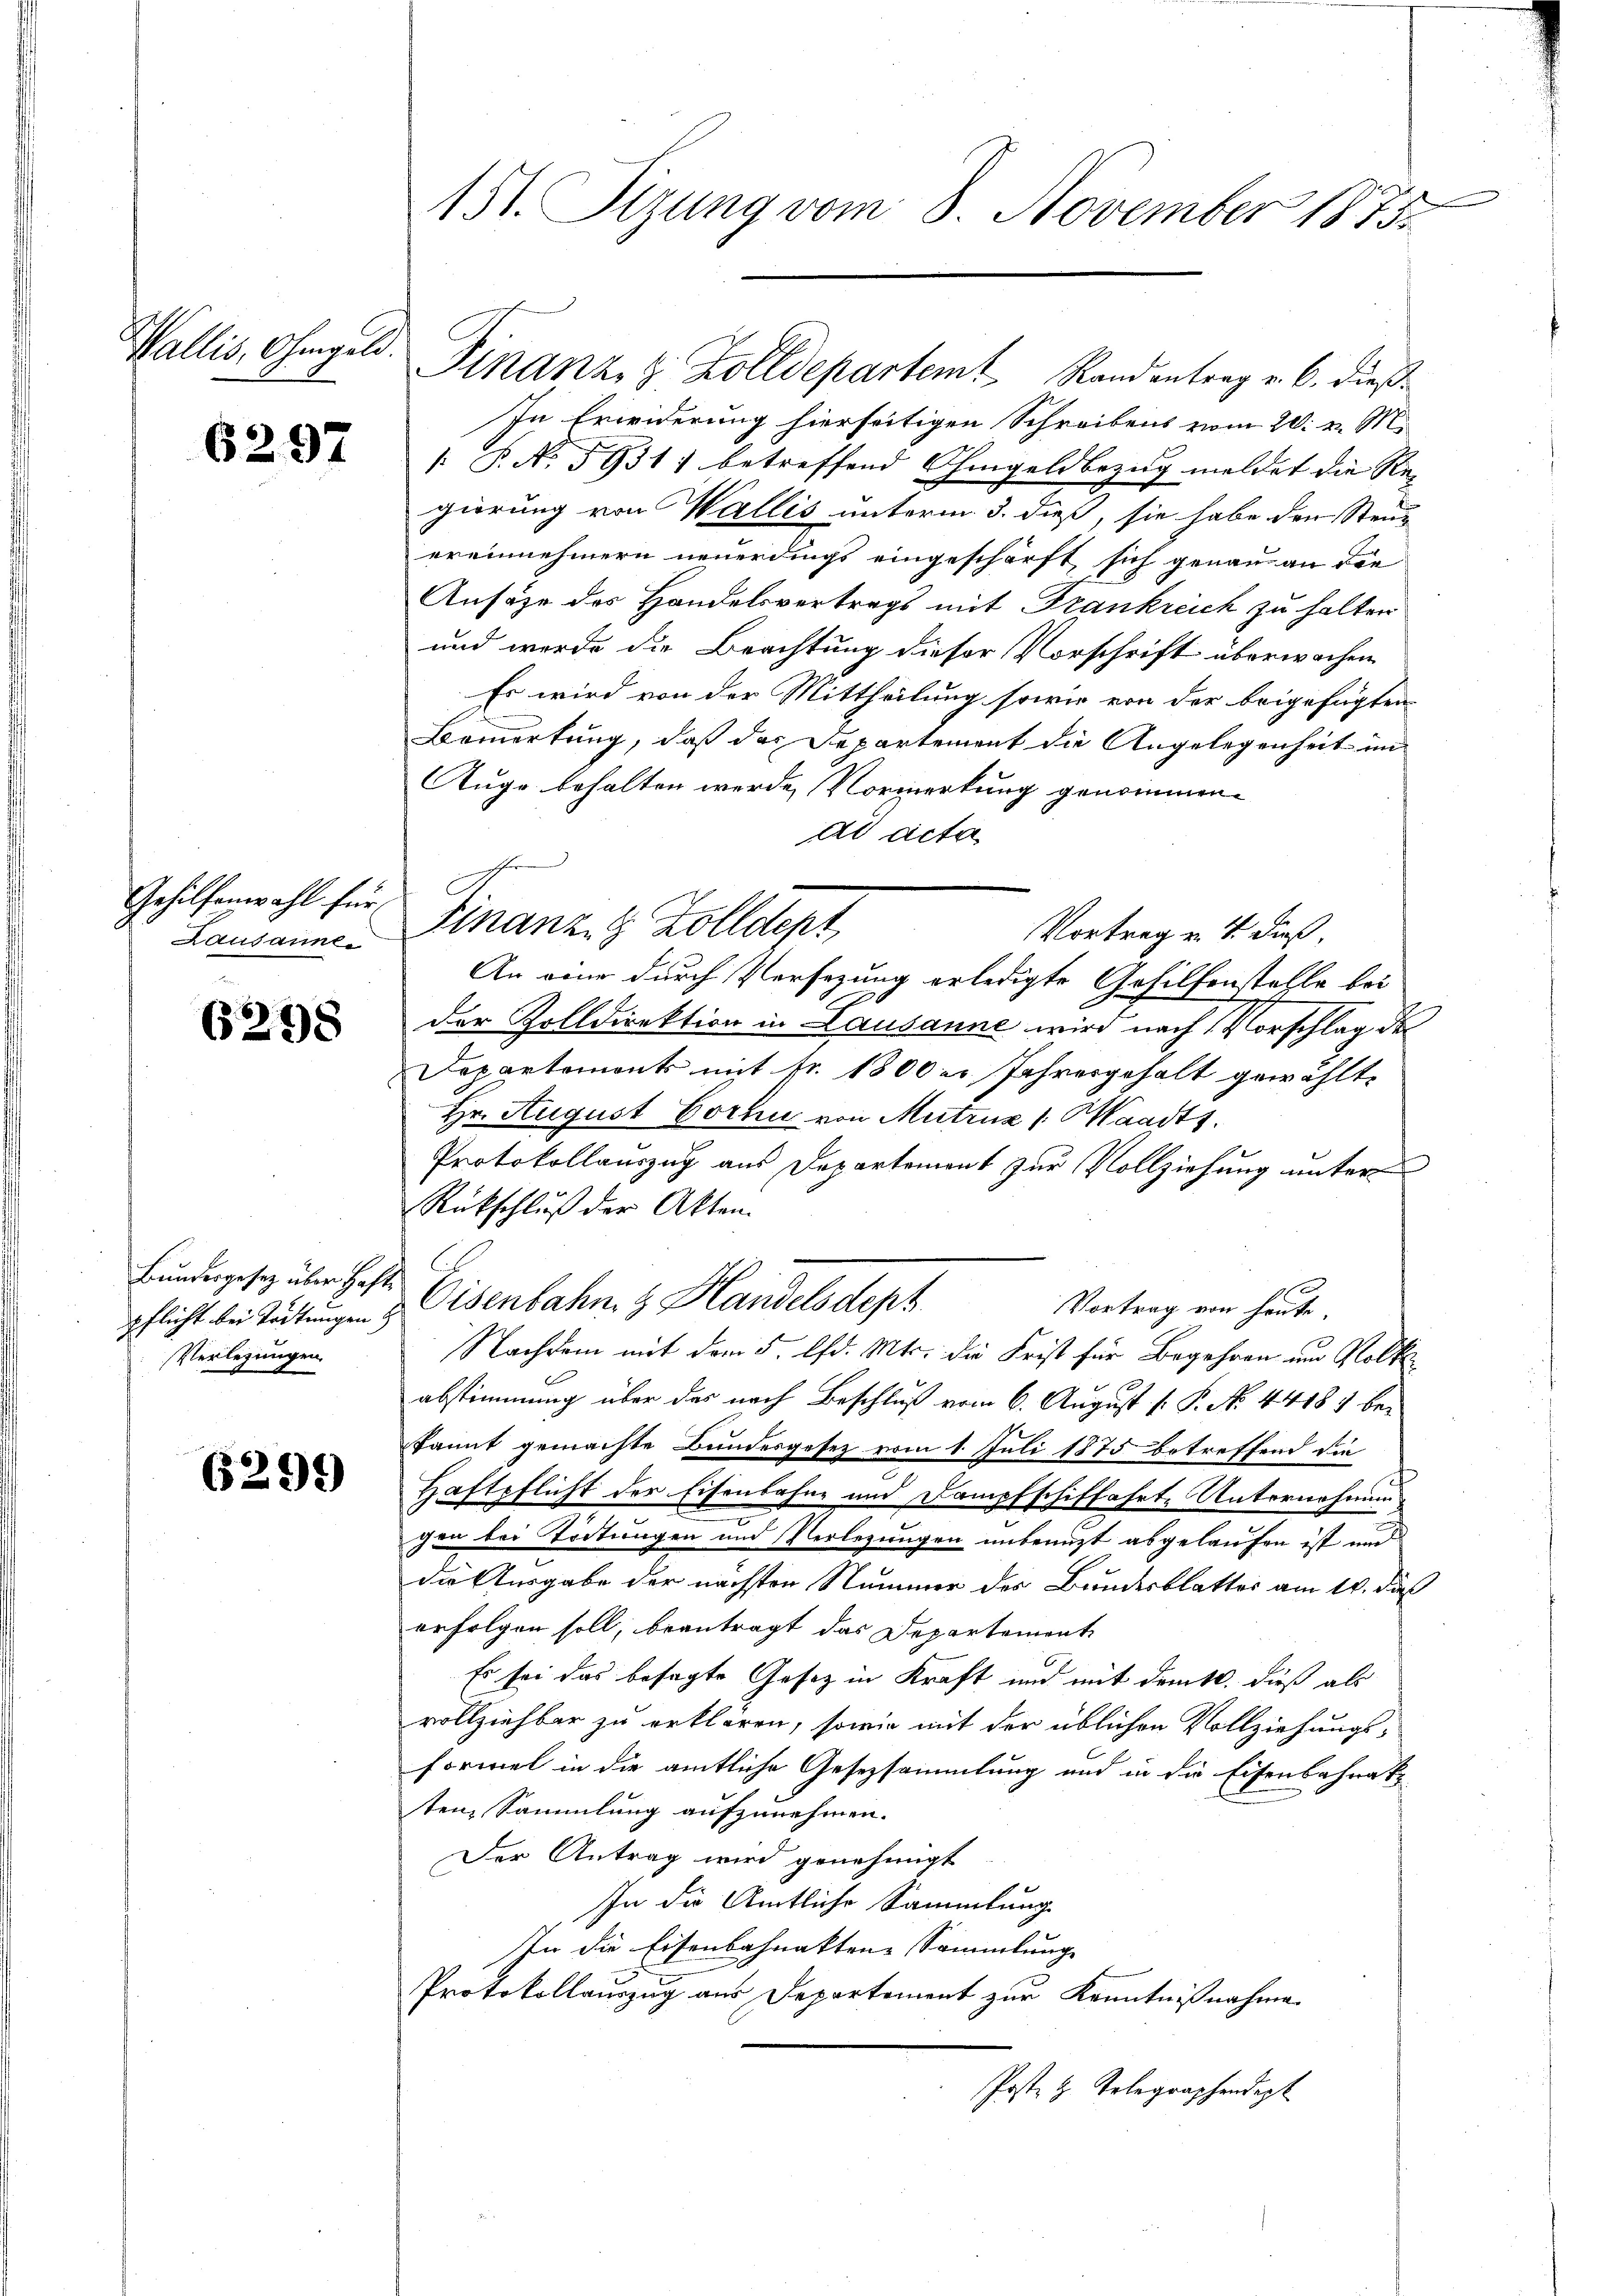
Wallis, Ohmgeld.

6297

Gehilfenwahl für
Lausanne

6298

Bundesgesetz über Haft
Verlegungen

6299

151. Sizung vom 8. November 1873.

Finanz, z. Zolldepartem Randantrag v. 6. dieß¬
In Erwiderung hierseitigen Schreibens vom 20. v. M.
 P. No. 5931) betreffend Ohmgeldbezug meldet die Re-
gierung von Wallis unterm 3. dieß, sie habe den Steue
ereinnehmern neuerdings eingeschärft sich genau an die
Ansähe des Handelsvertrags mit Frankreich zu halten
und werde die Beachtung dieser Vorschrift überwachen
Es wird von der Mittheilung sowie von der beigefügten
Bemerkung, daß das Departement die Angelegenheit im
Auge behalten werde, Vormerkung genommen.
Ad acta
An eine durch Versezung erledigte Gehilfenstelle bei
der Zolldirektion in Lausanne wird nach Vorschlag des
Departemonts mit Fr. 1800 er Jahresgehalt gewählte
Hr. August Corhu von Mutruz (Waadts.
Protokollauszug aus Departement zur Vollziehung unter
Rückschluß der Akten.
Vortrag von heute.
pflicht bei Tödtungen & Eisenbahn & Handelsdept
Nachdem mit dem 5. d. Mts. die Frist für Begehren um Volk
abstimmung über das nach Beschluß vom 6. August [ P. No. 44181 bekannt gemachte Bundesgesez vom 1. Juli 1875 betreffend die
Haftpflicht der Eisenbahne und Dampfschiffahrte Unternehmunchen bei Tödtungen und Verlegungen unbenuzt abgelaufen ist und
die Ausgabe der nächsten Nummer des Bundesblattes am 10. daß
erfolgen soll, beantragt das Departement
Es sei das besagte Gesetz in Kraft und mit dem k. dieß als
vollziehbar zu erklären, sowie mit der üblichen Vollziehungsformel in die amtliche Gesetzsammlung und in die Eisenbahnak
ten, Sammlung aufzunehmen.
Der Antrag wird genehmigt
In die Amtliche Sammlung
In die Eisenbahnaktene Sammlung
Protokollauszug aus Departement zur Kenntnißnahme
Post. H. Telegraphendept

Finanz, 8 Zolldept
Vortrag v. 4. dieß,